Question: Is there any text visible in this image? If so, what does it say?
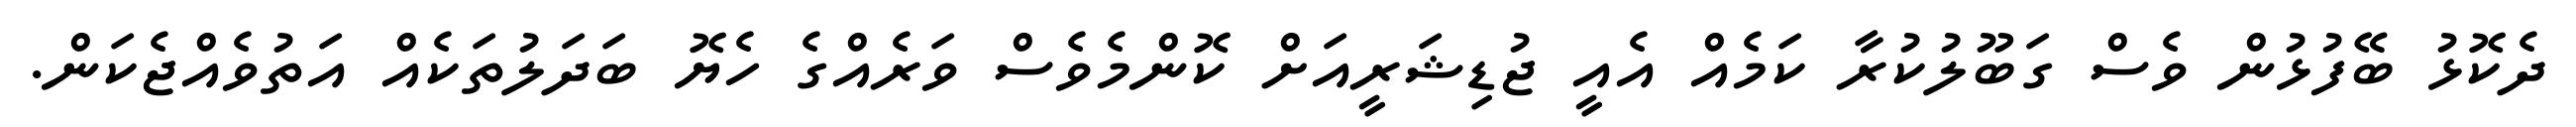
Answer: ދެކޮޅު ބޭފުޅުން ވެސް ގަބޫލުކުރާ ކަމެއް އެއީ ޖުޑިޝަރީއަށް ކޮންމެވެސް ވަރެއްގެ ހެޔޮ ބަދަލުތަކެއް އަތުވެއްޖެކަން.